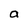
Character: a